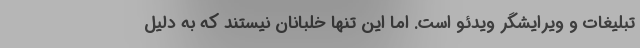
تبلیغات و ویرایشگر ویدئو است. اما این تنها خلبانان نیستند که به دلیل